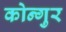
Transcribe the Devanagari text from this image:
कोन्गुर